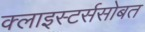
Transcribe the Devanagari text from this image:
क्लाइस्टर्ससोबत